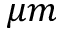
\mu m